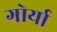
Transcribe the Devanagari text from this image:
गोर्या